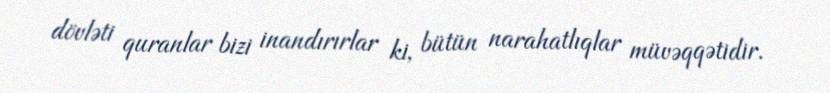
dövləti quranlar bizi inandırırlar ki, bütün narahatlıqlar müvəqqətidir.